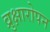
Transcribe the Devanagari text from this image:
व्रुक्षारोपन